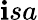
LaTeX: \mathbf{i}sa